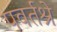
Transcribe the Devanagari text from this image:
पवर्तश्रे